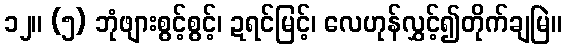
၁၂။ (၅) ဘုံဖျားစွင့်စွင့်၊ ဍရင်မြင့်၊ လေဟုန်လွှင့်၍တိုက်ချမြဲ။